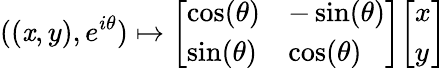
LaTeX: ((\mathit{x},y),e^{i\theta})\mapsto{\left[\begin{array}{ll}{\cos(\theta)}&{-\sin(\theta)}\\ {\sin(\theta)}&{\cos(\theta)}\end{array}\right]}{\left[\begin{array}{l}{x}\\ {y}\end{array}\right]}